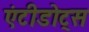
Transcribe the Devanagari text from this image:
एंटीडोट्स